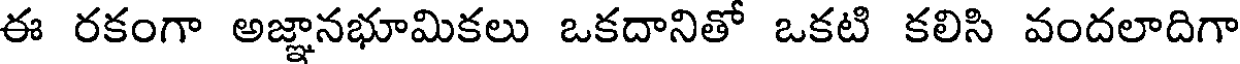
ఈ రకంగా అజ్ఞానభూమికలు ఒకదానితో ఒకటి కలిసి వందలాదిగా